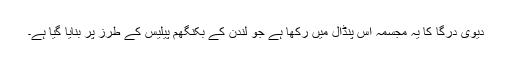
دیوی درگا کا یہ مجسمہ اس پنڈال میں رکھا ہے جو لندن کے بکنگھم پیلیس کے طرز پر بنایا گیا ہے۔